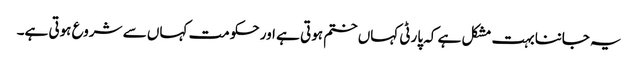
یہ جاننا بہت مشکل ہے کہ پارٹی کہاں ختم ہوتی ہے اور حکومت کہاں سے شروع ہوتی ہے۔